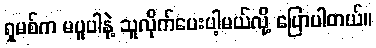
ရှမစ်က မပူပါနဲ့ သူလိုက်ပေးပါ့မယ်လို့ ပြောပါတယ်။